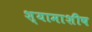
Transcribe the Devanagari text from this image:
श्यामाशीष